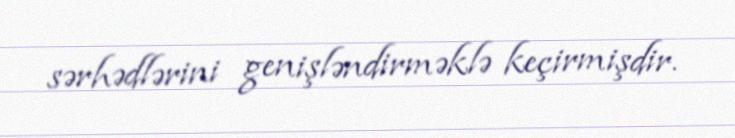
sərhədlərini genişləndirməklə keçirmişdir.